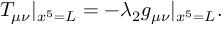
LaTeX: T _ { \mu \nu } | _ { x ^ { 5 } = L } = - \lambda _ { 2 } g _ { \mu \nu } | _ { x ^ { 5 } = L } .